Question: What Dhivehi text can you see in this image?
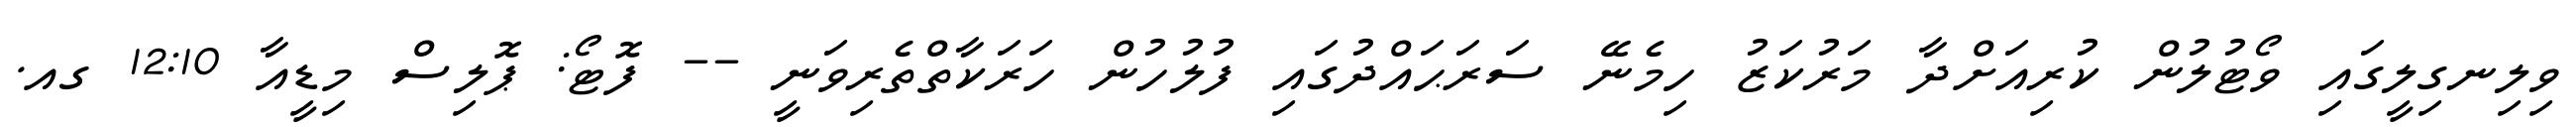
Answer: ވިލިނގިލީގައި ވޯޓުލުން ކުރިއަށްދާ މަރުކަޒު ހިމެނޭ ސަރަޙައްދުގައި ފުލުހުން ހަރަކާތްތެރިވަނީ -- ފޮޓޯ: ޕޮލިސް މިޑީއާ 12:10 ގއ.